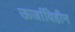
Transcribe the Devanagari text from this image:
ऊर्जाविहीन